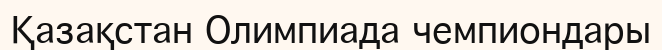
Қазақстан Олимпиада чемпиондары